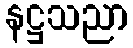
နဋ္ဌသညာ